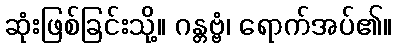
ဆုံးဖြစ်ခြင်းသို့။ ဂန္တဗ္ဗံ၊ ရောက်အပ်၏။